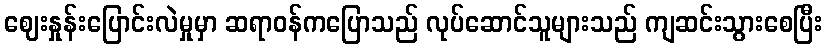
ဈေးနှုန်းပြောင်းလဲမှုမှာ ဆရာဝန်ကပြောသည် လုပ်ဆောင်သူများသည် ကျဆင်းသွားစေပြီး